Problem: 3 × 5 = ?
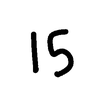
Handwritten answer: 15